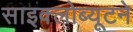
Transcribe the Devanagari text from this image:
साइक्लोब्यूटने